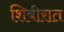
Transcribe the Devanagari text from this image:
शिबीरात